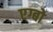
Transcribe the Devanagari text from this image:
एग्बो